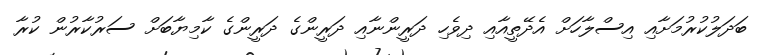
ބަދަލުކުރުމަށާއި އިސްލާހަށް އެދޭތީއާއި ދިވެހި ދަރީންނާއި ދަރީންގެ ދަރީންގެ ކާމިޔާބަށް ސަރުކާރުން ކުރާ